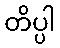
တိပ္ပါ